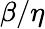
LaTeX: \beta/\eta